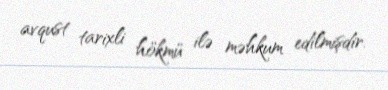
avqust tarixli hökmü ilə məhkum edilmişdir.